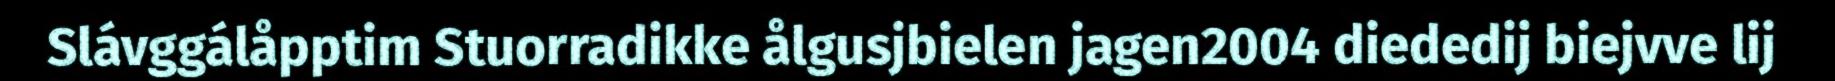
Slávggálåpptim Stuorradikke ålgusjbielen jagen2004 diededij biejvve lij